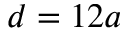
d = 1 2 a